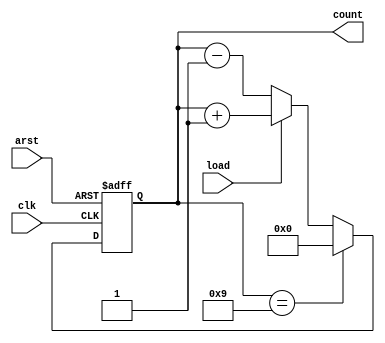
`timescale 1ns / 1ps

module updown_modN_counter #(parameter N=10, parameter MSB=4)(
    input clk,arst,load,
    output reg [MSB-1:0]count  
    );
    
    always @ (posedge clk, posedge arst) begin  
    if (arst) begin  
      count <= 0;  
    end else begin  
      if (count == N-1)  
        count <= 0;  
      else if(load==1) 
        count <= count + 1;
        else count<=count-1;
          
    end  
  end  
endmodule